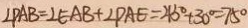
\angle P A B = \angle E A B + \angle P A E = 4 5 ^ { \circ } + 3 0 ^ { \circ } = 7 5 ^ { \circ }